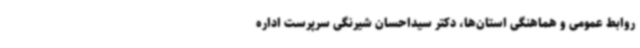
روابط عمومی و هماهنگی استان‌ها، دکتر سیداحسان شیرنگی سرپرست اداره